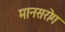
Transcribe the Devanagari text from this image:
मानसरोग